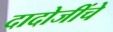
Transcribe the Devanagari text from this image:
दादोजींचे